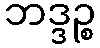
ဘဒ္ဒဉ္စ